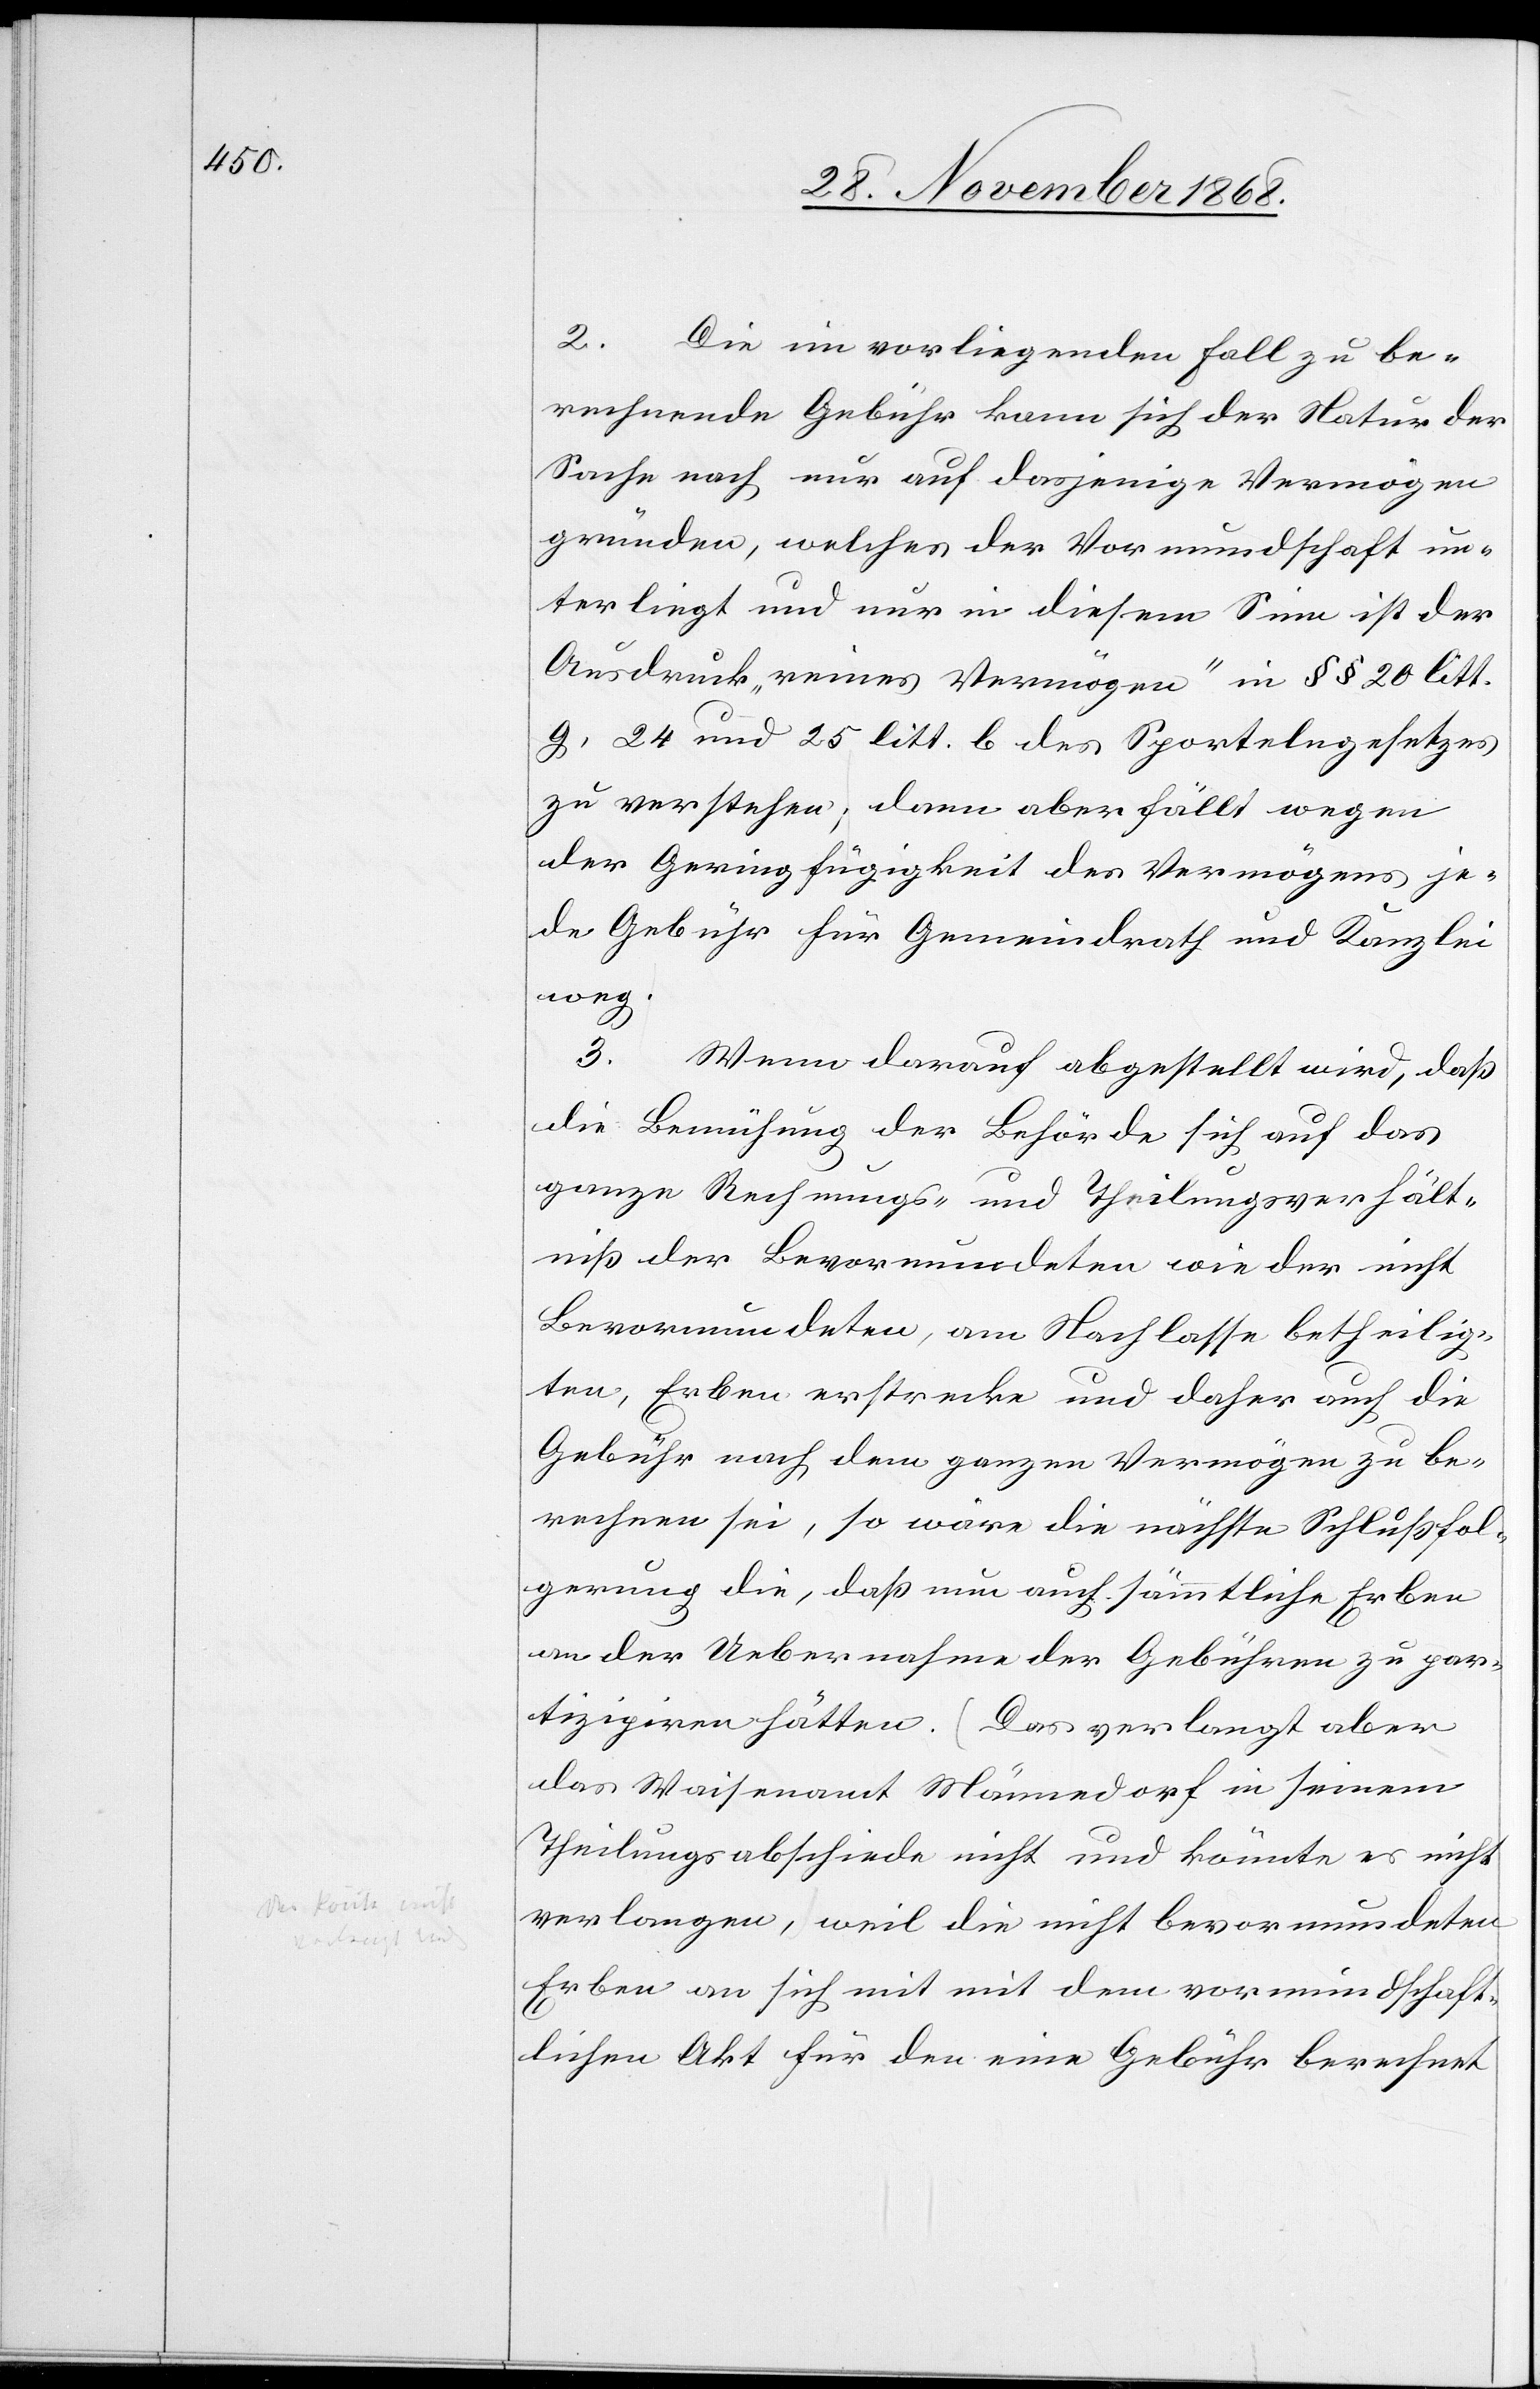
2. Die im vorliegenden Fall zu be¬
rechnende Gebühr kann sich der Natur der
Sache nach nur auf dasjenige Vermögen
gründen, welches der Vormundschaft un¬
terliegt und nur in diesem Sinn ist der
Ausdruck „reines Vermögen“ in §§ 20 litt.
g, 24 und 25 litt. b des Sportelngesetzes
zu verstehen; dann aber fällt wegen
der Geringfügigkeit des Vermögens je¬
de Gebühr für Gemeindrath und Kanzlei
weg.
3.
Wenn darauf abgestellt wird, daß
die Bemühung der Behörde sich auf das
ganze Rechnungs- und Theilungsverhält¬
niß der Bevormundeten wie der nicht
Bevormundeten, am Nachlasse betheilig¬
ten, Erben erstrecke und daher auch die
Gebühr nach dem ganzen Vermögen zu be¬
rechnen sei, so wäre die nächste Schlußfol¬
gerung die, daß nun auch sämmtliche Erben
an der Uebernahme der Gebühren zu par¬
tizipiren hätten. Das verlangt aber
das Waisenamt Männedorf in seinem
Theilungsabschiede nicht und könnte es nicht
verlangen, weil die nicht bevormundeten
Erben an sich mit mit [sic!] dem vormundschaft¬
lichen Akt für den eine Gebühr berechnet